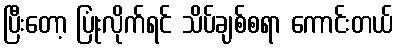
ပြီးတော့ ပြုံးလိုက်ရင် သိပ်ချစ်စရာ ကောင်းတယ်